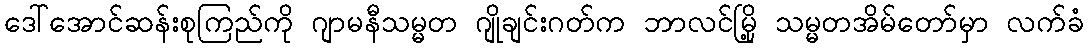
ဒေါ်အောင်ဆန်းစုကြည်ကို ဂျာမနီသမ္မတ ဂျိုချင်းဂတ်က ဘာလင်မြို့ သမ္မတအိမ်တော်မှာ လက်ခံ